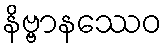
နိဗ္ဗာနဿေဝ